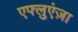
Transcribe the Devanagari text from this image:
एफ्लुएंज़ा